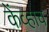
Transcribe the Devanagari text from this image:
केंव्हाच